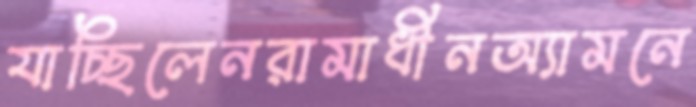
যাচ্ছিলেনরামাধীনঅ্যামনে